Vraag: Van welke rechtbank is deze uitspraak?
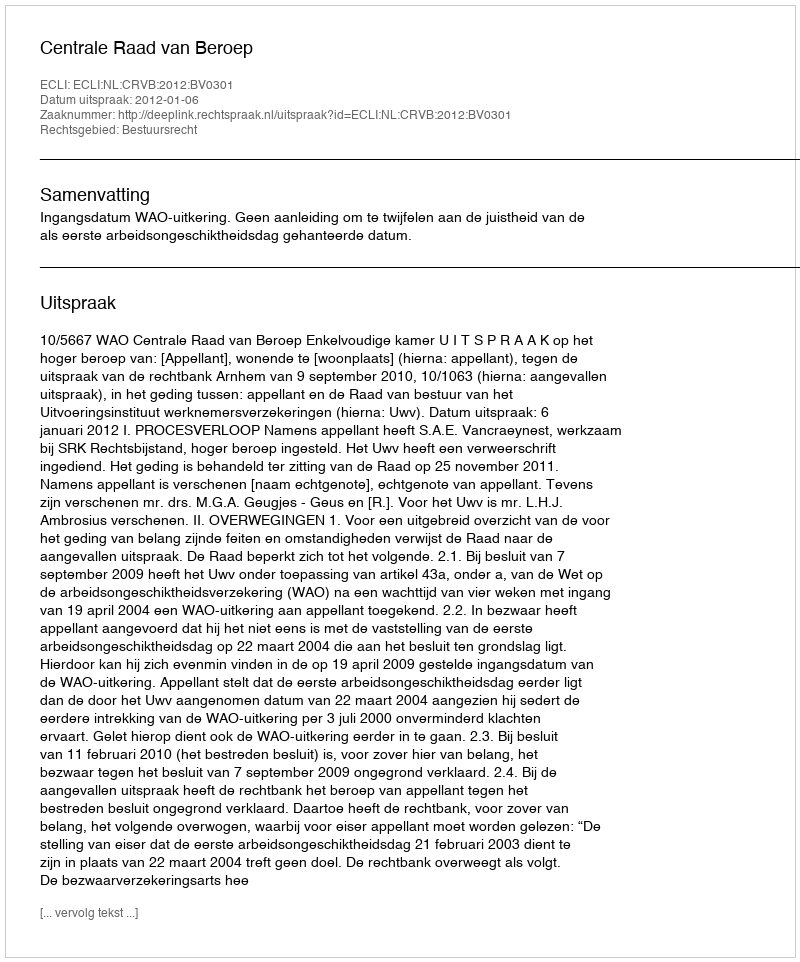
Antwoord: Centrale Raad van Beroep